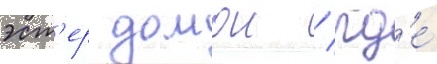
эст'ер домои / гд'е́